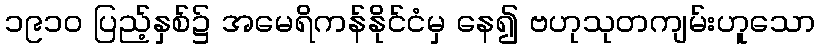
၁၉၁၀ ပြည့်နှစ်၌ အမေရိကန်နိုင်ငံမှ နေ၍ ဗဟုသုတကျမ်းဟူသော